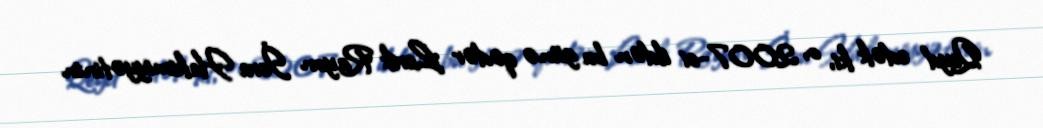
Qeyd edək ki, o, 2007-ci ildən bu günə qədər Lerik Rayon İcra Hakimiyyətinin